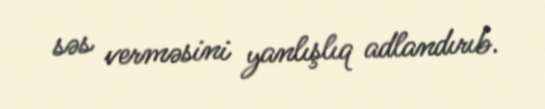
səs verməsini yanlışlıq adlandırıb.